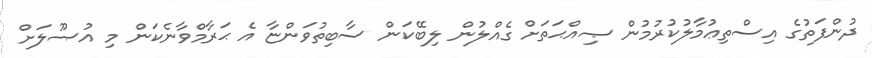
ދުންފަތުގެ އިސްތިޢުމާލުކުރުމުން ޞިއްޙަތަށް ގެއްލުން ލިބޭކަން ސާބިތުވަންޏާ އެ ޙަރާމްވާނެކަން މި އުޞޫލަށް